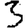
Digit: 3